Civil Veterinary Department. Central Provinces & Berar 1932-41 - 1932-1941
Year: 1932
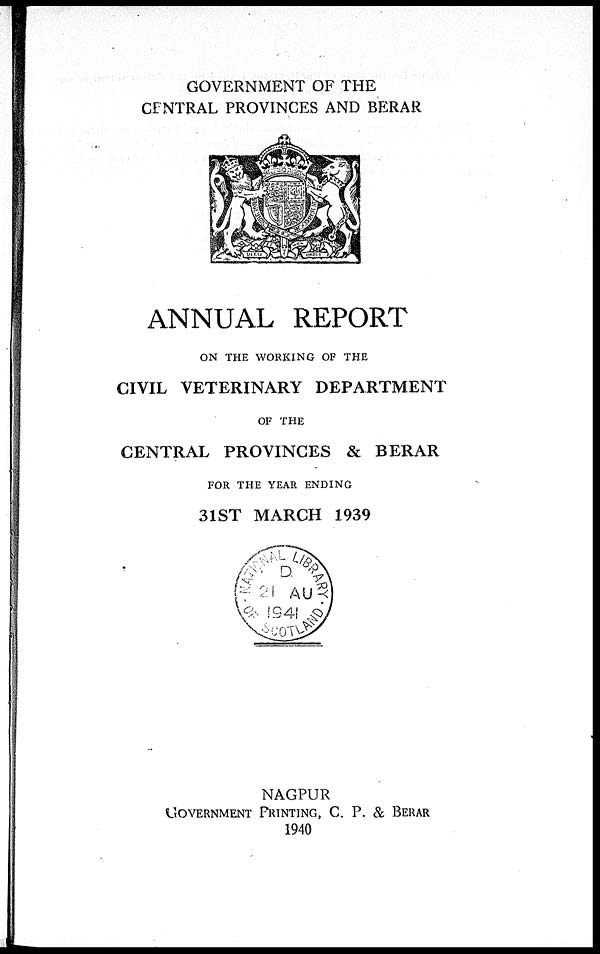
GOVERNMENT OF THE
CENTRAL PROVINCES AND BERAR
ANNUAL REPORT
ON THE WORKING OF THE
CIVIL VETERINARY DEPARTMENT
OF THE
CENTRAL PROVINCES & BERAR
FOR THE YEAR ENDING
31ST MARCH 1939
NAGPUR
GOVERNMENT PRINTING, C. P. & BERAR
1940